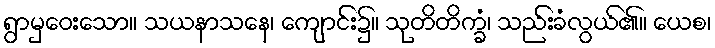
ရွာမှဝေးသော။ သယနာသနေ၊ ကျောင်း၌။ သုတိတိက္ခံ၊ သည်းခံလွယ်၏။ ယေစ၊